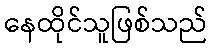
နေထိုင်သူဖြစ်သည်